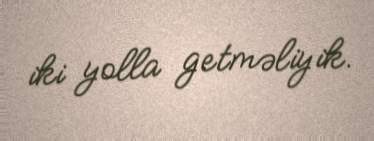
iki yolla getməliyik.